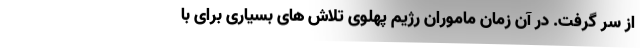
از سر گرفت. در آن زمان ماموران رژیم پهلوی تلاش های بسیاری برای با